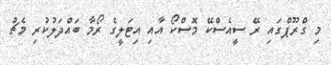
މި ގްެރޫޕްގައި ރޭ ސީއެސްކޭ މޮސްކޯ އާއި އިޓަލީގެ ރޯމާ ބައްދަލުކުރި މެޗު